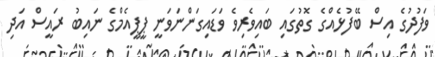
ވަފުދުގެ އިސް ބޭފުޅެއްގެ ގޮތުގައި ބައިވެރިވެ ވަޑައިގަންނަވަނީ ޕީޕީއެމްގެ ނައިބު ރައީސް އަދި